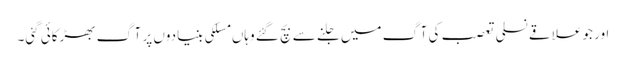
اور جو علاقے نسلی تعصب کی آگ میں جلنے سے بچ گئے وہاں مسلکی بنیادوں پر آگ بھڑکائی گئی۔